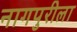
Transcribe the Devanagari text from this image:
नागपुरीला